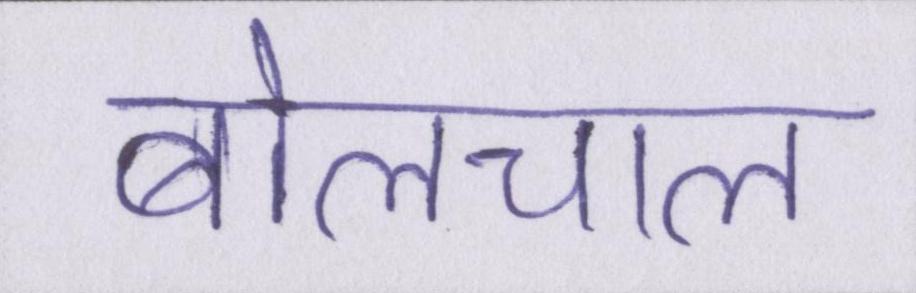
बोलचाल